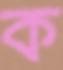
ক